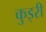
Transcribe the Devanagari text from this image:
कुइरी